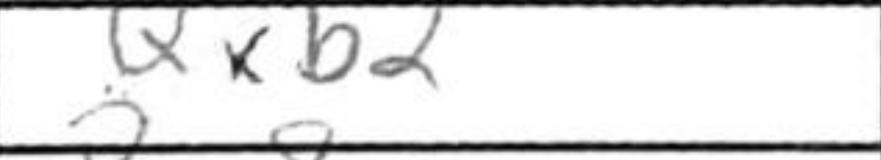
Transcription: Qxb2